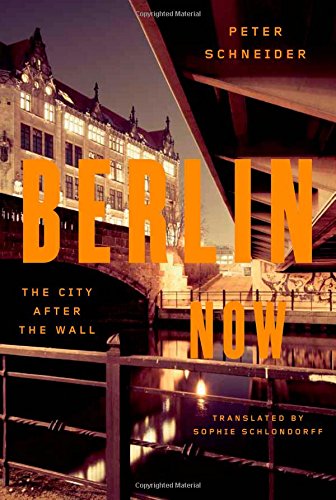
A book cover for Berlin Now: The City After the Wall; Peter Schneider; Travel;